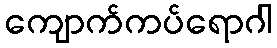
ကျောက်ကပ်ရောဂါ